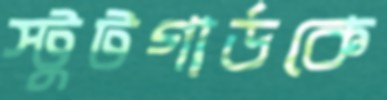
স্টুটগার্ডকে